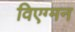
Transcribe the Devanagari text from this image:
विएग्मन